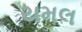
યમલ